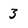
Character: 3